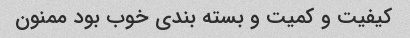
کیفیت و کمیت و بسته بندی خوب بود ممنون